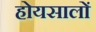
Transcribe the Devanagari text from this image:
होयसालों